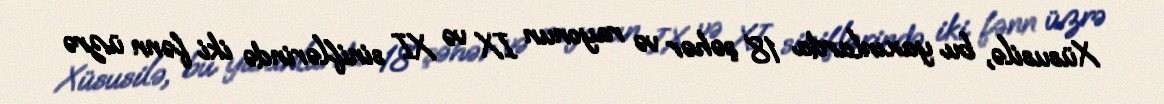
Xüsusilə, bu yaxınlarda 18 şəhər və rayonun IX və XI siniflərində iki fənn üzrə